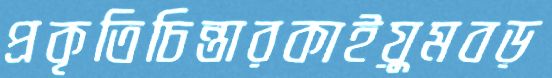
প্রকৃতিচিন্তারকাইয়ুমবড়